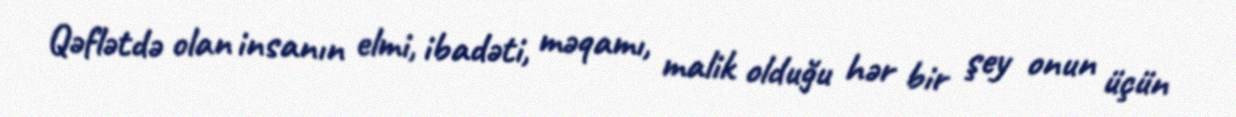
Qəflətdə olan insanın elmi, ibadəti, məqamı, malik olduğu hər bir şey onun üçün